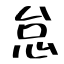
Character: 怠